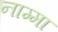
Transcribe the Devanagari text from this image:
नाम्मा